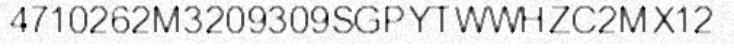
4710262M3209309SGPYTWWHZC2MX12